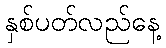
နှစ်ပတ်လည်နေ့